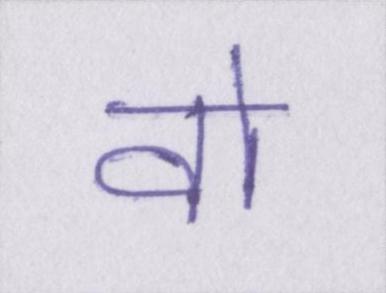
वो